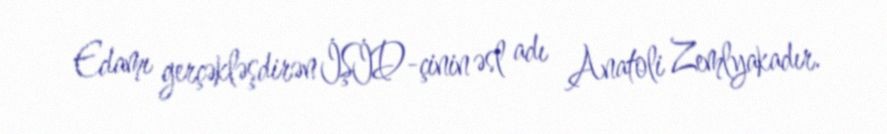
Edamı gerçəkləşdirən İŞİD-çinin əsl adı Anatoli Zemlyakadır.